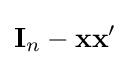
\mathbf {I} _{n}-\mathbf {xx} '